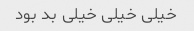
خیلی خیلی خیلی بد بود